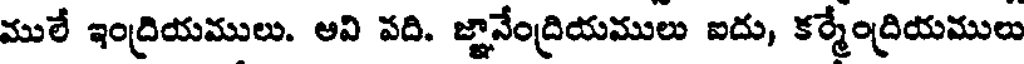
ములే ఇంద్రియములు. అవి పది. జ్ఞానేంద్రియములు ఐదు, కర్మేంద్రియములు